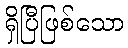
ရှိပြီဖြစ်သော